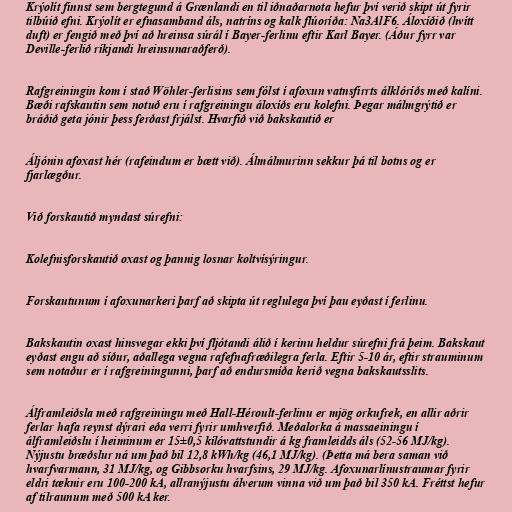
Krýolít finnst sem bergtegund á Grænlandi en til iðnaðarnota hefur því verið skipt út fyrir
tilbúið efni. Krýolít er efnasamband áls, natríns og kalk flúoríða: Na3AlF6. Áloxíðið (hvítt
duft) er fengið með því að hreinsa súrál í Bayer-ferlinu eftir Karl Bayer. (Áður fyrr var
Deville-ferlið ríkjandi hreinsunaraðferð).

Rafgreiningin kom í stað Wöhler-ferlisins sem fólst í afoxun vatnsfirrts álklóríðs með kalíni.
Bæði rafskautin sem notuð eru í rafgreiningu áloxíðs eru kolefni. Þegar málmgrýtið er
bráðið geta jónir þess ferðast frjálst. Hvarfið við bakskautið er

Áljónin afoxast hér (rafeindum er bætt við). Álmálmurinn sekkur þá til botns og er
fjarlægður.

Við forskautið myndast súrefni:

Kolefnisforskautið oxast og þannig losnar koltvísýringur.

Forskautunum í afoxunarkeri þarf að skipta út reglulega því þau eyðast í ferlinu.

Bakskautin oxast hinsvegar ekki því fljótandi álið í kerinu heldur súrefni frá þeim. Bakskaut
eyðast engu að síður, aðallega vegna rafefnafræðilegra ferla. Eftir 5-10 ár, eftir strauminum
sem notaður er í rafgreiningunni, þarf að endursmíða kerið vegna bakskautsslits.

Álframleiðsla með rafgreiningu með Hall-Héroult-ferlinu er mjög orkufrek, en allir aðrir
ferlar hafa reynst dýrari eða verri fyrir umhverfið. Meðalorka á massaeiningu í
álframleiðslu í heiminum er 15±0,5 kílóvattstundir á kg framleidds áls (52-56 MJ/kg).
Nýjustu bræðslur ná um það bil 12,8 kWh/kg (46,1 MJ/kg). (Þetta má bera saman við
hvarfvarmann, 31 MJ/kg, og Gibbsorku hvarfsins, 29 MJ/kg. Afoxunarlínustraumar fyrir
eldri tæknir eru 100-200 kA, allranýjustu álverum vinna við um það bil 350 kA. Fréttst hefur
af tilraunum með 500 kA ker.